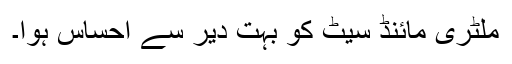
ملٹری مائنڈ سیٹ کو بہت دیر سے احساس ہوا۔